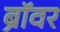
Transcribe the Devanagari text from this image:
ब्रॉवर